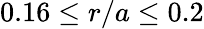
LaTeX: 0.16\le r/a\le 0.2